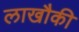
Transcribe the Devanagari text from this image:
लाखौकी